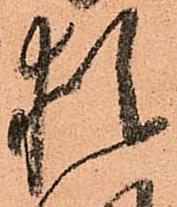
猶